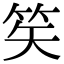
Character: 笶